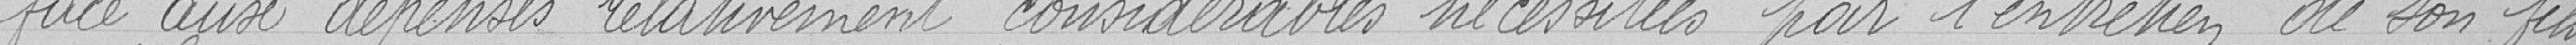
face aux dépenses relativement considérables nécessitées par l'entretien de son fils